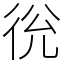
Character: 㣞